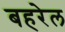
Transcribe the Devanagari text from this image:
बहरेल